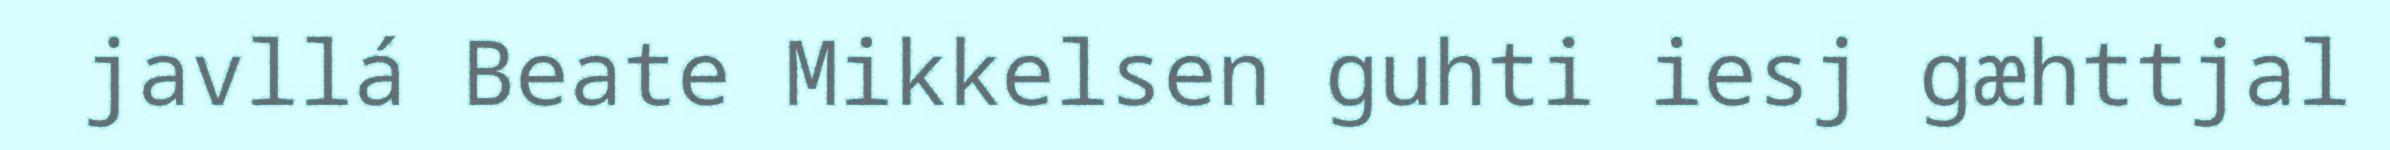
javllá Beate Mikkelsen guhti iesj gæhttjal